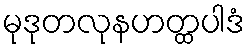
မုဒုတလုနဟတ္ထပါဒံ